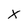
Character: X